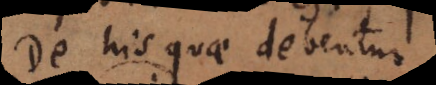
De his quae debentur